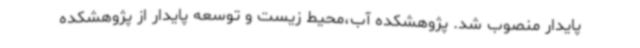
پایدار منصوب شد. پژوهشکده آب،محیط زیست و توسعه پایدار از پژوهشکده